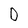
Character: D